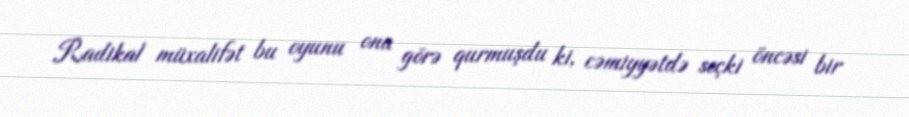
Radikal müxalifət bu oyunu ona görə qurmuşdu ki, cəmiyyətdə seçki öncəsi bir